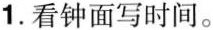
1.看钟面写时间。